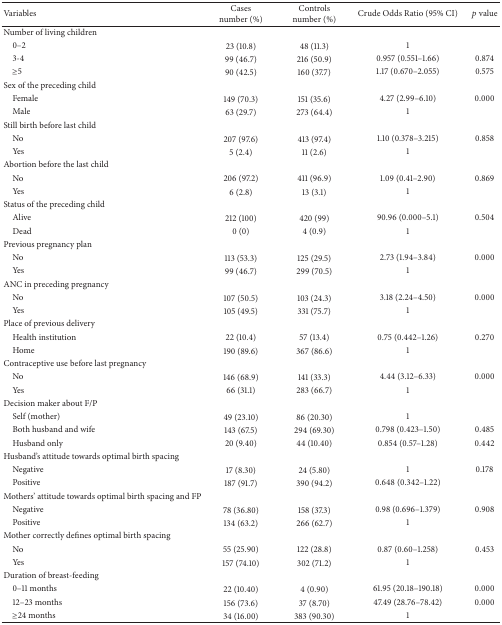
<table><thead><tr><td><b>Variables</b></td><td><b>Casesnumber (%)</b></td><td><b>Controlsnumber (%)</b></td><td><b>Crude Odds Ratio (95% CI)</b></td><td><b><i>p</i> value</b></td></tr></thead><tbody><tr><td>Number of living children</td><td> </td><td> </td><td> </td><td> </td></tr><tr><td> 0–2</td><td>23 (10.8)</td><td>48 (11.3)</td><td>1</td><td> </td></tr><tr><td> 3-4</td><td>99 (46.7)</td><td>216 (50.9)</td><td>0.957 (0.551–1.66)</td><td>0.874</td></tr><tr><td> ≥5</td><td>90 (42.5)</td><td>160 (37.7)</td><td>1.17 (0.670–2.055)</td><td>0.575</td></tr><tr><td>Sex of the preceding child</td><td> </td><td> </td><td> </td><td> </td></tr><tr><td> Female</td><td>149 (70.3)</td><td>151 (35.6)</td><td>4.27 (2.99–6.10)</td><td>0.000</td></tr><tr><td> Male </td><td>63 (29.7)</td><td>273 (64.4)</td><td>1</td><td> </td></tr><tr><td>Still birth before last child</td><td> </td><td> </td><td> </td><td> </td></tr><tr><td> No</td><td>207 (97.6)</td><td>413 (97.4)</td><td>1.10 (0.378–3.215)</td><td>0.858</td></tr><tr><td> Yes</td><td>5 (2.4)</td><td>11 (2.6)</td><td>1</td><td> </td></tr><tr><td>Abortion before the last child</td><td> </td><td> </td><td> </td><td> </td></tr><tr><td> No</td><td>206 (97.2)</td><td>411 (96.9)</td><td>1.09 (0.41–2.90)</td><td>0.869</td></tr><tr><td> Yes</td><td>6 (2.8)</td><td>13 (3.1)</td><td>1</td><td> </td></tr><tr><td>Status of the preceding child</td><td> </td><td> </td><td> </td><td> </td></tr><tr><td> Alive </td><td>212 (100)</td><td>420 (99)</td><td>90.96 (0.000–5.1)</td><td>0.504</td></tr><tr><td> Dead</td><td>0 (0)</td><td>4 (0.9)</td><td>1</td><td> </td></tr><tr><td>Previous pregnancy plan</td><td> </td><td> </td><td> </td><td> </td></tr><tr><td> No</td><td>113 (53.3)</td><td>125 (29.5)</td><td>2.73 (1.94–3.84)</td><td>0.000</td></tr><tr><td> Yes</td><td>99 (46.7)</td><td>299 (70.5)</td><td> 1</td><td> </td></tr><tr><td>ANC in preceding pregnancy</td><td> </td><td> </td><td> </td><td> </td></tr><tr><td> No</td><td>107 (50.5)</td><td>103 (24.3)</td><td>3.18 (2.24–4.50)</td><td>0.000</td></tr><tr><td> Yes</td><td>105 (49.5)</td><td>331 (75.7)</td><td>1</td><td> </td></tr><tr><td>Place of previous delivery</td><td> </td><td> </td><td> </td><td> </td></tr><tr><td> Health institution</td><td>22 (10.4)</td><td>57 (13.4)</td><td>0.75 (0.442–1.26)</td><td>0.270</td></tr><tr><td> Home</td><td>190 (89.6)</td><td>367 (86.6)</td><td>1</td><td> </td></tr><tr><td>Contraceptive use before last pregnancy</td><td> </td><td> </td><td> </td><td> </td></tr><tr><td> No</td><td>146 (68.9)</td><td>141 (33.3)</td><td>4.44 (3.12–6.33)</td><td>0.000</td></tr><tr><td> Yes</td><td>66 (31.1)</td><td>283 (66.7)</td><td>1</td><td> </td></tr><tr><td>Decision maker about F/P</td><td> </td><td> </td><td> </td><td> </td></tr><tr><td> Self (mother) </td><td>49 (23.10)</td><td>86 (20.30)</td><td>1</td><td> </td></tr><tr><td> Both husband and wife</td><td>143 (67.5)</td><td>294 (69.30)</td><td>0.798 (0.423–1.50)</td><td>0.485</td></tr><tr><td> Husband only</td><td>20 (9.40)</td><td>44 (10.40)</td><td>0.854 (0.57–1.28)</td><td>0.442</td></tr><tr><td>Husband&#x27;s attitude towards optimal birth spacing</td><td> </td><td> </td><td> </td><td> </td></tr><tr><td> Negative</td><td>17 (8.30)</td><td>24 (5.80)</td><td>1</td><td>0.178</td></tr><tr><td> Positive</td><td>187 (91.7)</td><td>390 (94.2)</td><td>0.648 (0.342–1.22)</td><td> </td></tr><tr><td>Mothers&#x27; attitude towards optimal birth spacing and FP</td><td> </td><td> </td><td> </td><td> </td></tr><tr><td> Negative</td><td>78 (36.80)</td><td>158 (37.3)</td><td>0.98 (0.696–1.379)</td><td>0.908</td></tr><tr><td> Positive</td><td>134 (63.2)</td><td>266 (62.7)</td><td>1</td><td> </td></tr><tr><td>Mother correctly defines optimal birth spacing</td><td> </td><td> </td><td> </td><td> </td></tr><tr><td> No</td><td>55 (25.90)</td><td>122 (28.8)</td><td>0.87 (0.60–1.258)</td><td>0.453</td></tr><tr><td> Yes</td><td>157 (74.10)</td><td>302 (71.2)</td><td>1</td><td> </td></tr><tr><td>Duration of breast-feeding</td><td> </td><td> </td><td> </td><td> </td></tr><tr><td> 0–11 months</td><td>22 (10.40)</td><td>4 (0.90)</td><td>61.95 (20.18–190.18)</td><td>0.000</td></tr><tr><td> 12–23 months </td><td>156 (73.6)</td><td>37 (8.70)</td><td>47.49 (28.76–78.42)</td><td>0.000</td></tr><tr><td> ≥24 months</td><td>34 (16.00)</td><td>383 (90.30)</td><td>1</td><td> </td></tr></tbody></table>